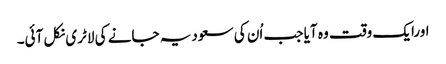
اورایک وقت وہ آیا جب اُن کی سعودیہ جانے کی لاٹری نکل آئی۔